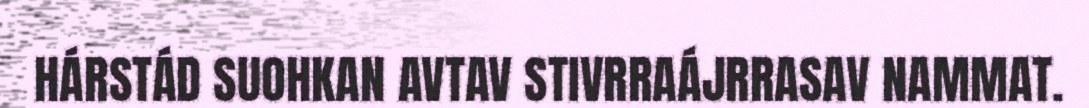
HÁRSTÁD SUOHKAN AVTAV STIVRRAÁJRRASAV NAMMAT.